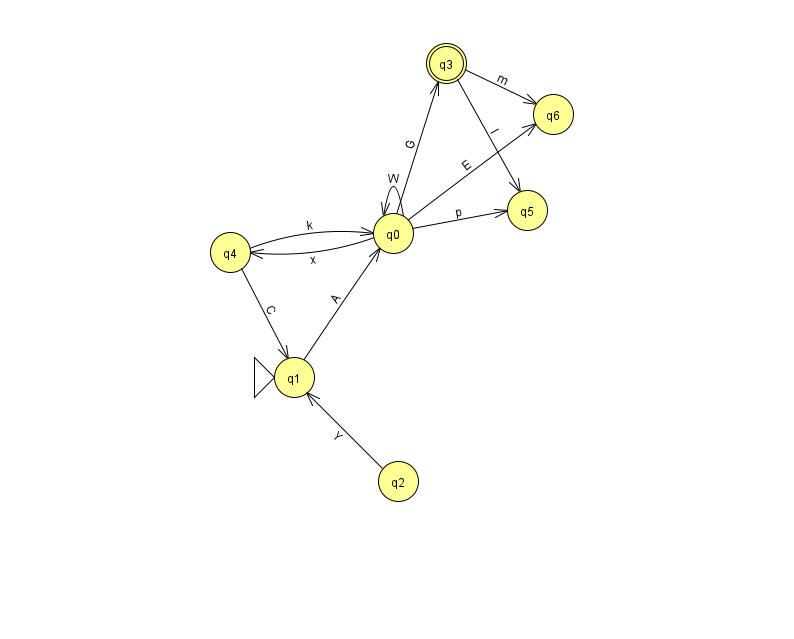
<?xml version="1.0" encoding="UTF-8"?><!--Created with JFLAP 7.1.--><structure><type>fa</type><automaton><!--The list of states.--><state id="0" name="q0"><x>393.0</x><y>220.0</y></state><state id="1" name="q1"><x>294.0</x><y>364.0</y><initial/></state><state id="2" name="q2"><x>398.0</x><y>468.0</y></state><state id="3" name="q3"><x>446.0</x><y>50.0</y><final/></state><state id="4" name="q4"><x>230.0</x><y>239.0</y></state><state id="5" name="q5"><x>527.0</x><y>197.0</y></state><state id="6" name="q6"><x>553.0</x><y>101.0</y></state><!--The list of transitions.--><transition><from>3</from><to>6</to><read>m</read></transition><transition><from>2</from><to>1</to><read>Y</read></transition><transition><from>3</from><to>5</to><read>I</read></transition><transition><from>0</from><to>0</to><read>W</read></transition><transition><from>0</from><to>3</to><read>G</read></transition><transition><from>0</from><to>6</to><read>E</read></transition><transition><from>4</from><to>1</to><read>C</read></transition><transition><from>0</from><to>5</to><read>p</read></transition><transition><from>1</from><to>0</to><read>A</read></transition><transition><from>4</from><to>0</to><read>k</read></transition><transition><from>0</from><to>4</to><read>x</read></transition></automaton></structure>